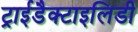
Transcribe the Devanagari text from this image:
ट्राईडैक्टाइलिडी